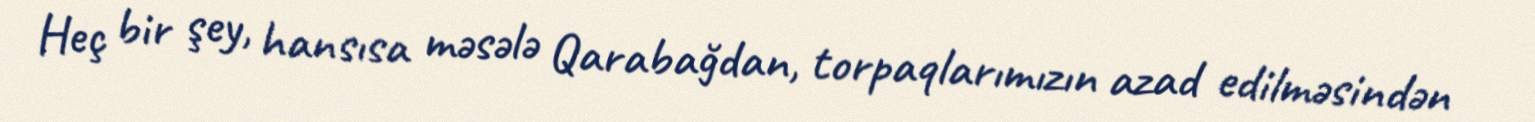
Heç bir şey, hansısa məsələ Qarabağdan, torpaqlarımızın azad edilməsindən